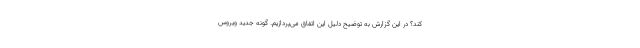
کند؟ در این گزارش به توضیح دلیل این اتفاق می‌پردازیم. گونه جدید ویروس